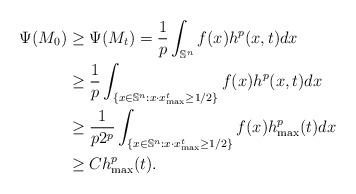
LaTeX: \begin{align*}\Psi(M_0)&\geq\Psi(M_t)=\frac{1}{p}\int_{\mathbb{S}^n}f(x)h^p(x,t)dx\\&\geq\frac{1}{p}\int_{\{x\in\mathbb{S}^n:x\cdot x^t_{\max}\geq1/2\}}f(x)h^p(x,t)dx\\&\geq\frac{1}{p2^p}\int_{\{x\in\mathbb{S}^n:x\cdot x^t_{\max}\geq1/2\}}f(x)h^p_{\max}(t)dx\\&\geq Ch^p_{\max}(t).\end{align*}